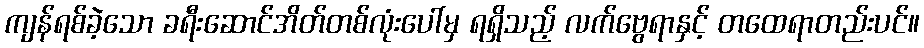
ကျန်ရစ်ခဲ့သော ခရီးဆောင်အိတ်တစ်လုံးပေါ်မှ ရရှိသည့် လက်ဗွေရာနှင့် တထေရာတည်းပင်။